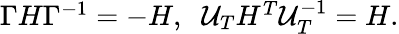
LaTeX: \begin{array}{r}{\Gamma H\Gamma^{-1}=-H,\; \; \mathcal{U}_{T}H^{T}\mathcal{U}_{T}^{-1}=H.}\end{array}